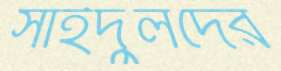
সাইদুলদের